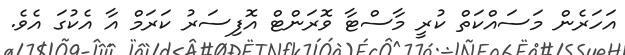
އަހަރެން މަސައްކަތް ކުރީ މާސްޓާ ވޮރަންޓް އޮފިސަރު ކަރަމް އާ އެކުގަ އެވެ.